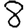
Digit: 8